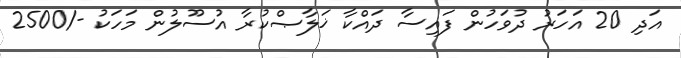
އަދި 20 އަހަރު ދުވަހުން ފައިސާ ދައްކާ ޚަލާޞްކުރާ އުސޫލުން މަހަކު -/2500